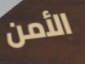
الأمن